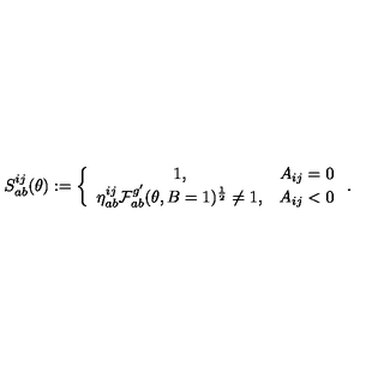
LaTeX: S _ { a b } ^ { i j } ( \theta ) : = \left\{ \begin{array} { c c } { 1 , } & { A _ { i j } = 0 } \\ { \eta _ { a b } ^ { i j } \mathcal { F } _ { a b } ^ { g ^ { \prime } } ( \theta , B = 1 ) ^ { \frac { 1 } { 2 } } \neq 1 , } & { A _ { i j } < 0 } \\ \end{array} \right. .